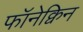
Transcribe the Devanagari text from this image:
फॉनेक्विन